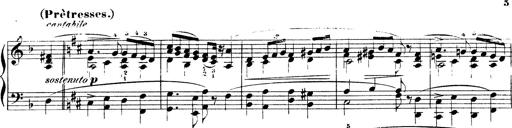
Title: Illustrations de l'opÃ©ra L'Africaine
Composer: Franz Liszt